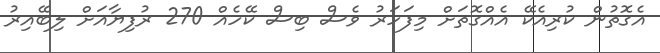
އެގޮތުން ކުރިއެކޭ އެއްގޮތަށް މިފަހަރު ވެސް ބިސް ކޭހެއް 270 ރުފިޔާއަށް ލިބޭއިރު